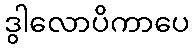
ဒွါလောပိကာပေ